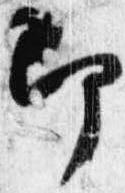
即